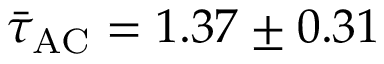
\bar { \tau } _ { \mathrm { A C } } = 1 . 3 7 \pm 0 . 3 1